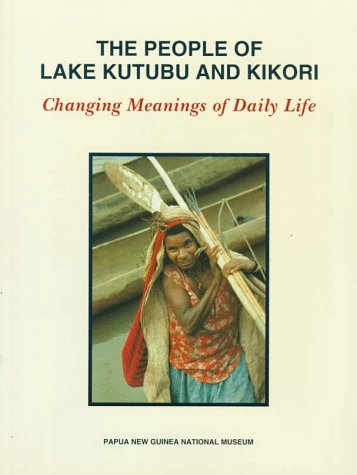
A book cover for The People of Lake Kutubu and Kikori: Changing Meanings of Daily Life; Mark Busse; History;